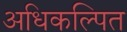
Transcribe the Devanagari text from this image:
अधिकल्पित